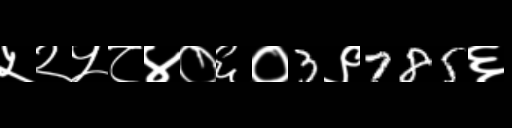
Text: ५२५८४०६०3९785६